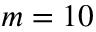
m = 1 0